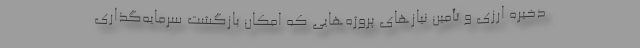
ذخیره ارزی و تأمین نیازهای پروژه‌هایی كه امكان بازگشت سرمایه‌گذاری